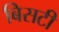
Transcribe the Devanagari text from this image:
बिसटी